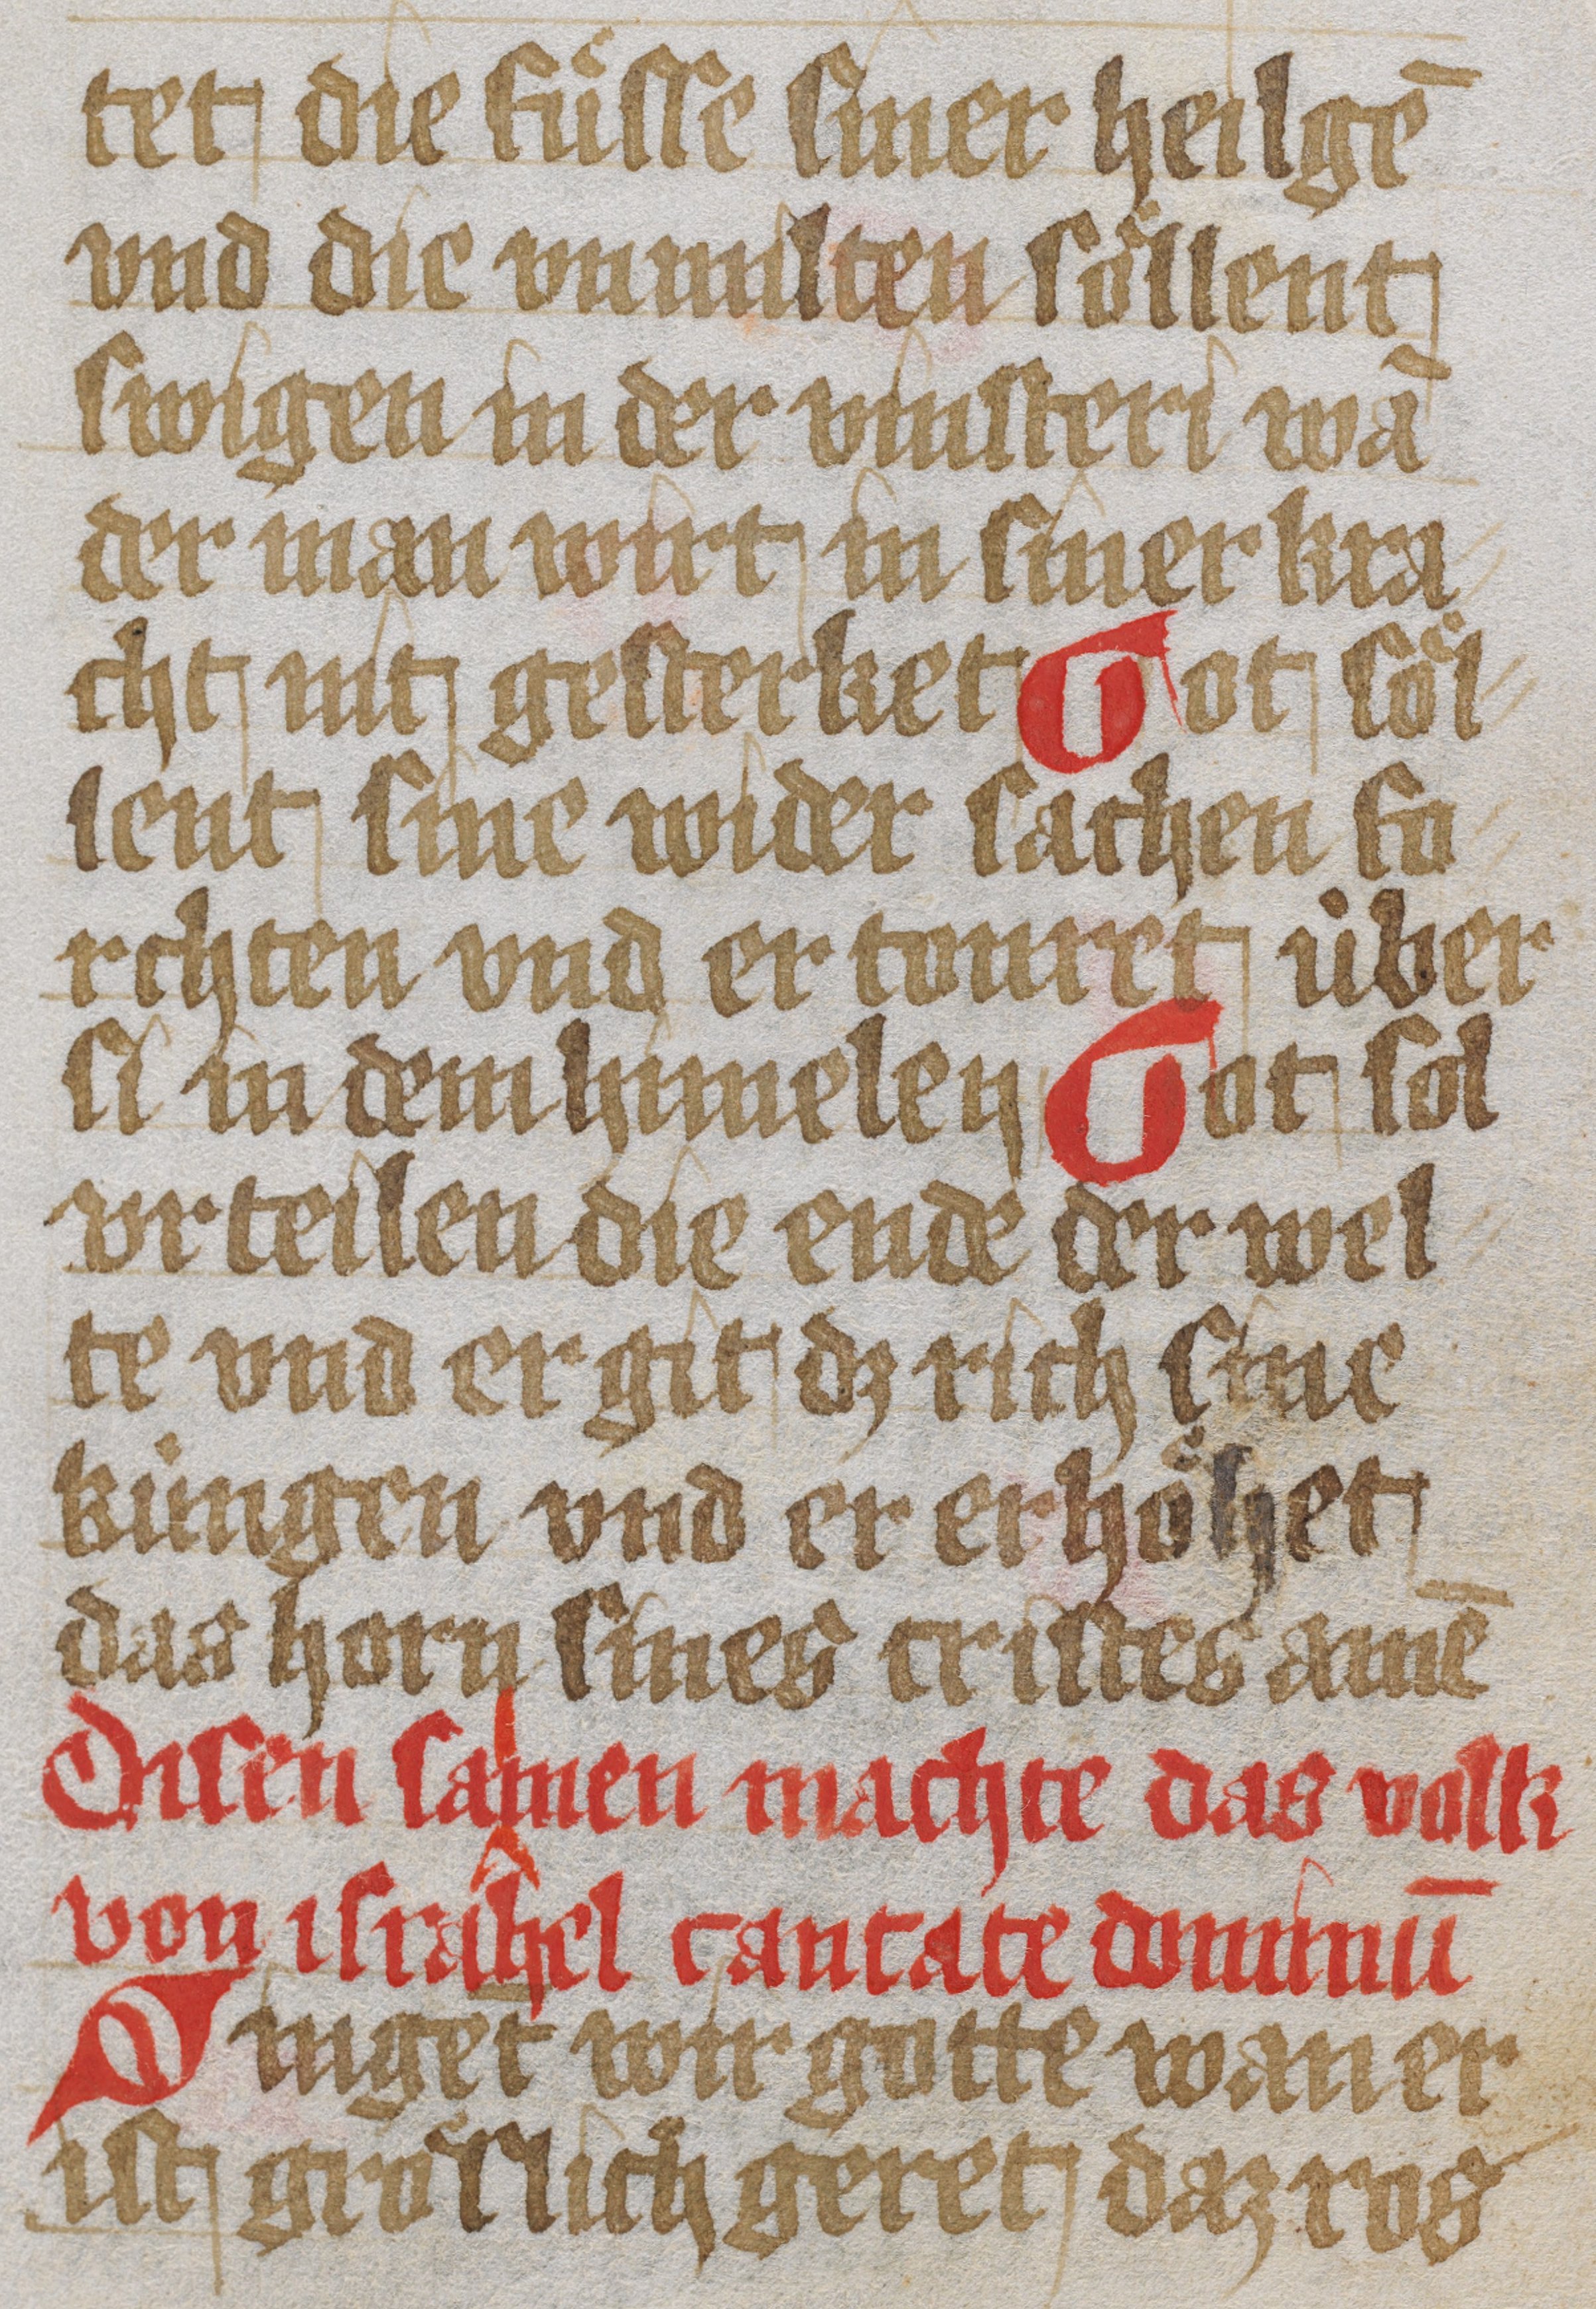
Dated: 1450–1499